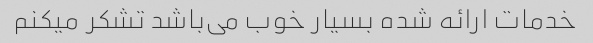
خدمات ارائه شده بسیار خوب می‌باشد تشکر میکنم